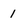
Character: 1